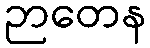
ဉာတေန